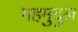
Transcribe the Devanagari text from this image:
महमुदुल